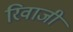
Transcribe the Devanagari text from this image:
रिवाजी